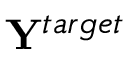
{ \bf Y } ^ { t a r g e t }